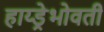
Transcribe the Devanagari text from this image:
हाय्ड्रेभोवती